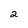
Character: 2